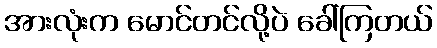
အားလုံးက မောင်တင်လို့ပဲ ခေါ်ကြတယ်